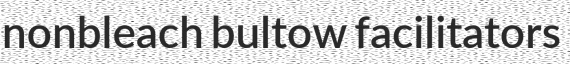
nonbleach bultow facilitators